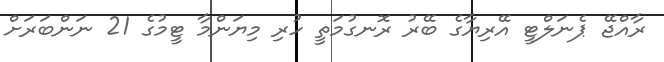
ރާއްޖޭ ޕެނަލްޓީ އޭރިޔާގެ ބޭރު ރޮނގުމަތީ ހުރި މިޔަންމާ ޓީމުގެ 21 ނަންބަރަށް